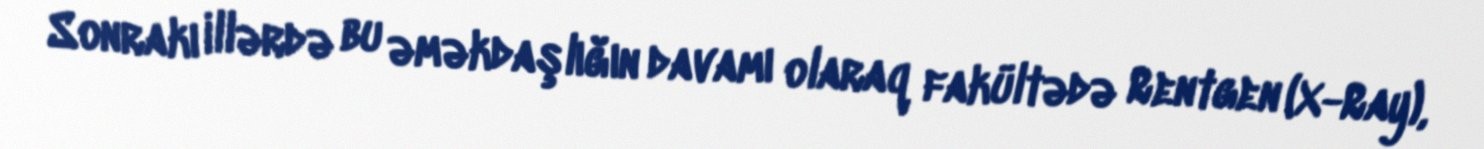
Sonrakı illərdə bu əməkdaşlığın davamı olaraq fakültədə Rentgen (X-Ray),